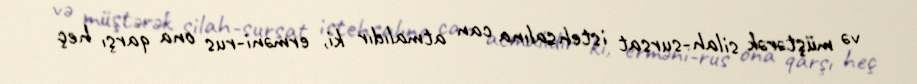
və müştərək silah-sursat istehsalına can atmalıdır ki, erməni-rus ona qarşı heç